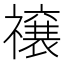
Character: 𮂜